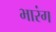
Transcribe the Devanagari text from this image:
भारंग